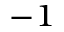
^ { - 1 }